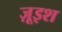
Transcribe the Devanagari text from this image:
ज़ूइश